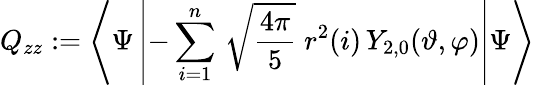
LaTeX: Q_{zz}:=\left<\Psi\left|-\sum_{i=1}^{n}\, \sqrt{\frac{4\pi}{5}}\; r^{2}(i)\, Y_{2,0}(\vartheta,\varphi)\right|\Psi\right>